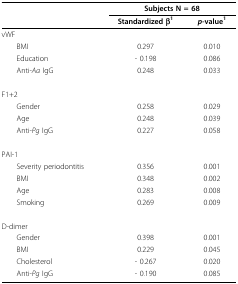
<table><thead><tr><td>[EMPTY_CELL]</td><td colspan="2"><b>Subjects N = 68</b></td></tr><tr><td>[EMPTY_CELL]</td><td><b>Standardized β<sup>1</sup></b></td><td><b><i>p-</i>value<sup>1</sup></b></td></tr></thead><tbody><tr><td>vWF</td><td>[EMPTY_CELL]</td><td>[EMPTY_CELL]</td></tr><tr><td> BMI</td><td>0.297</td><td>0.010</td></tr><tr><td> Education</td><td>- 0.198</td><td>0.086</td></tr><tr><td> Anti-<i>Aa </i>IgG</td><td>0.248</td><td>0.033</td></tr><tr><td>F1+2</td><td>[EMPTY_CELL]</td><td>[EMPTY_CELL]</td></tr><tr><td> Gender</td><td>0.258</td><td>0.029</td></tr><tr><td> Age</td><td>0.248</td><td>0.039</td></tr><tr><td> Anti-<i>Pg </i>IgG</td><td>0.227</td><td>0.058</td></tr><tr><td>PAI-1</td><td>[EMPTY_CELL]</td><td>[EMPTY_CELL]</td></tr><tr><td> Severity periodontitis</td><td>0.356</td><td>0.001</td></tr><tr><td> BMI</td><td>0.348</td><td>0.002</td></tr><tr><td> Age</td><td>0.283</td><td>0.008</td></tr><tr><td> Smoking</td><td>0.269</td><td>0.009</td></tr><tr><td>D-dimer</td><td>[EMPTY_CELL]</td><td>[EMPTY_CELL]</td></tr><tr><td> Gender</td><td>0.398</td><td>0.001</td></tr><tr><td> BMI</td><td>0.229</td><td>0.045</td></tr><tr><td> Cholesterol</td><td>- 0.267</td><td>0.020</td></tr><tr><td> Anti-<i>Pg </i>IgG</td><td>- 0.190</td><td>0.085</td></tr></tbody></table>